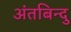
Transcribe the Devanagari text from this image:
अंतबिन्दु